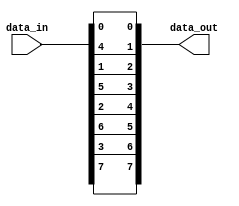
module c_interleave
  (data_in, data_out);
   
   // input data width
   parameter width = 8;
   
   // number of blocks in input data
   parameter num_blocks = 2;
   
   // width of each block
   localparam step = width / num_blocks;
   
   // vector of input data
   input [0:width-1] data_in;
   
   // vector of output data
   output [0:width-1] data_out;
   wire [0:width-1] data_out;
   
   generate
      
      genvar 	    i;
      for(i = 0; i < step; i = i + 1)
	begin:blocks
	   
	   genvar j;
	   for(j = 0; j < num_blocks; j = j + 1)
	     begin:bits
		assign data_out[i*num_blocks+j] = data_in[i+j*step];
	     end
	   
	end
      
   endgenerate
   
endmodule